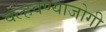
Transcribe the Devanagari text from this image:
वल्हवण्याजोगी